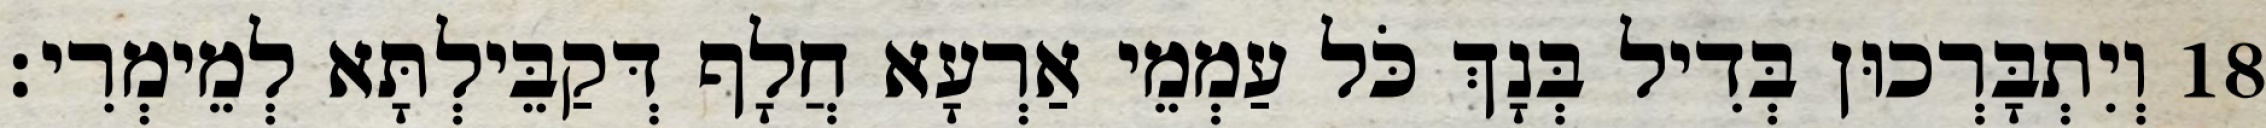
18 וְיִתְבָּרְכוּן בְּדִיל בְּנָךְ כֹּל עַמְמֵי אַרְעָא חֲלָף דְּקַבֵּילְתָּא לְמֵימְרִי׃